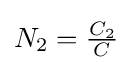
N_{2}={\tfrac {C_{2}}{C}}